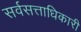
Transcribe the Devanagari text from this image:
सर्वसत्ताधिकारी